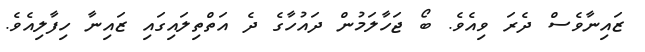
ޒައިނާވެސް ދެރަ ވިއެވެ. ބޯ ޖަހާލަމުން ދައުހާގެ ދެ އަތްތިލައިގައި ޒައިނާ ހިފާލިއެވެ.